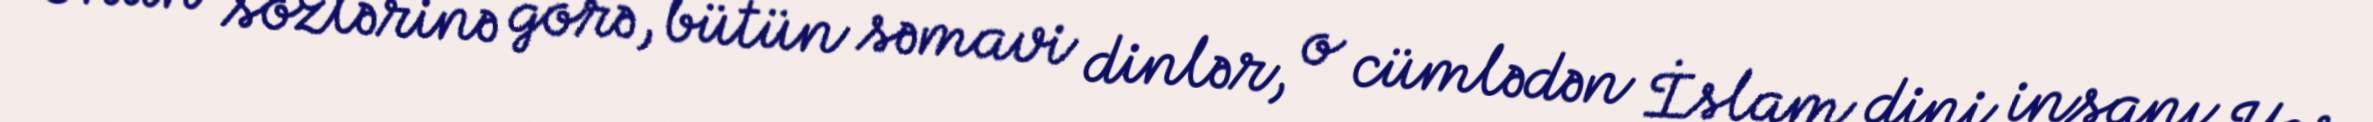
Onun sözlərinə görə, bütün səmavi dinlər, o cümlədən İslam dini insanı Yer